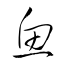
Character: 魚